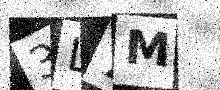
Text: 3L7M